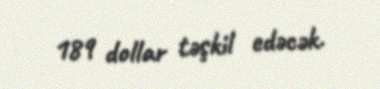
189 dollar təşkil edəcək.